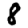
Digit: 8